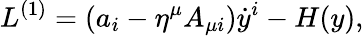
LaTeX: L^{(1)}=\left(a_{i}-\eta^{\mu}A_{\mu i}\right){\dot{y}}^{i}-H(y),